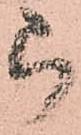
被